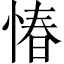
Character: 𢝣